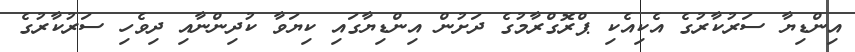
އިންޑިޔާ ސަރުކާރުގެ އެކިއެކި ޕްރޮގްރާމުގެ ދަށުން އިންޑިޔާގައި ކިޔަވާ ކުދިންނާއި ދިވެހި ސަރުކާރުގެ